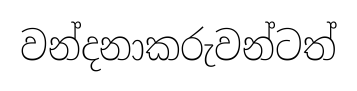
වන්දනාකරුවන්ටත්